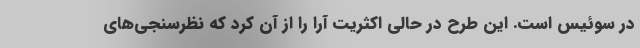
در سوئیس است. این طرح در حالی اکثریت آرا را از آن کرد که نظرسنجی‌های